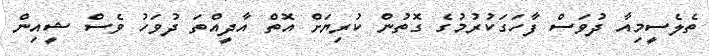
ތެލެސީމިއާ ދުވަސް ފާހަގަކުރުމުގެ ގޮތުން ކުރިޔަށް އޮތް އާދީއްތަ ދުވަހު ވެސް ޝީއިން